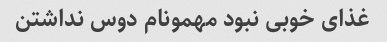
غذای خوبی نبود مهمونام دوس نداشتن